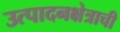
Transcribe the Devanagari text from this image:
उत्पादनक्षेत्राची